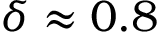
\delta \approx 0 . 8